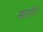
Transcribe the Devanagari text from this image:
आरती॥